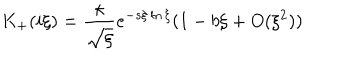
K _ { + } ( i \xi ) = \frac { \kappa } { \sqrt { \xi } } e ^ { - s \xi \ln \xi } ( 1 - b \xi + O ( \xi ^ { 2 } ) )